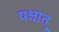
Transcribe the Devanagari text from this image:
पश्चात़